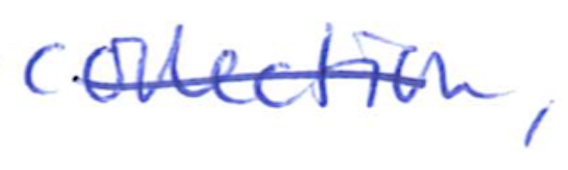
Text: collection,
Cross-out: single-line
Writing tool: ballpoint